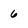
Character: 6